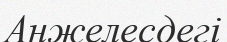
Анжелесдегі